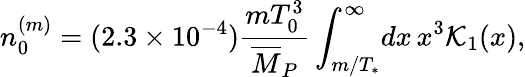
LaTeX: n_{0}^{(m)}=(2.3\times 10^{-4})\frac{mT_{0}^{3}}{\overline{{{M}}}_{P}}\int_{m/T_{*}}^{\infty}\! dx\, x^{3}{\cal K}_{1}(x),